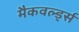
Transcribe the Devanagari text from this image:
मैकवर्ल्ड्स